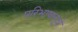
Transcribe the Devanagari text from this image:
परिभाषासूत्रे